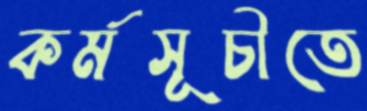
কর্মসূচীতে